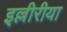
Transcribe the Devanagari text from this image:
इल्लीरीया